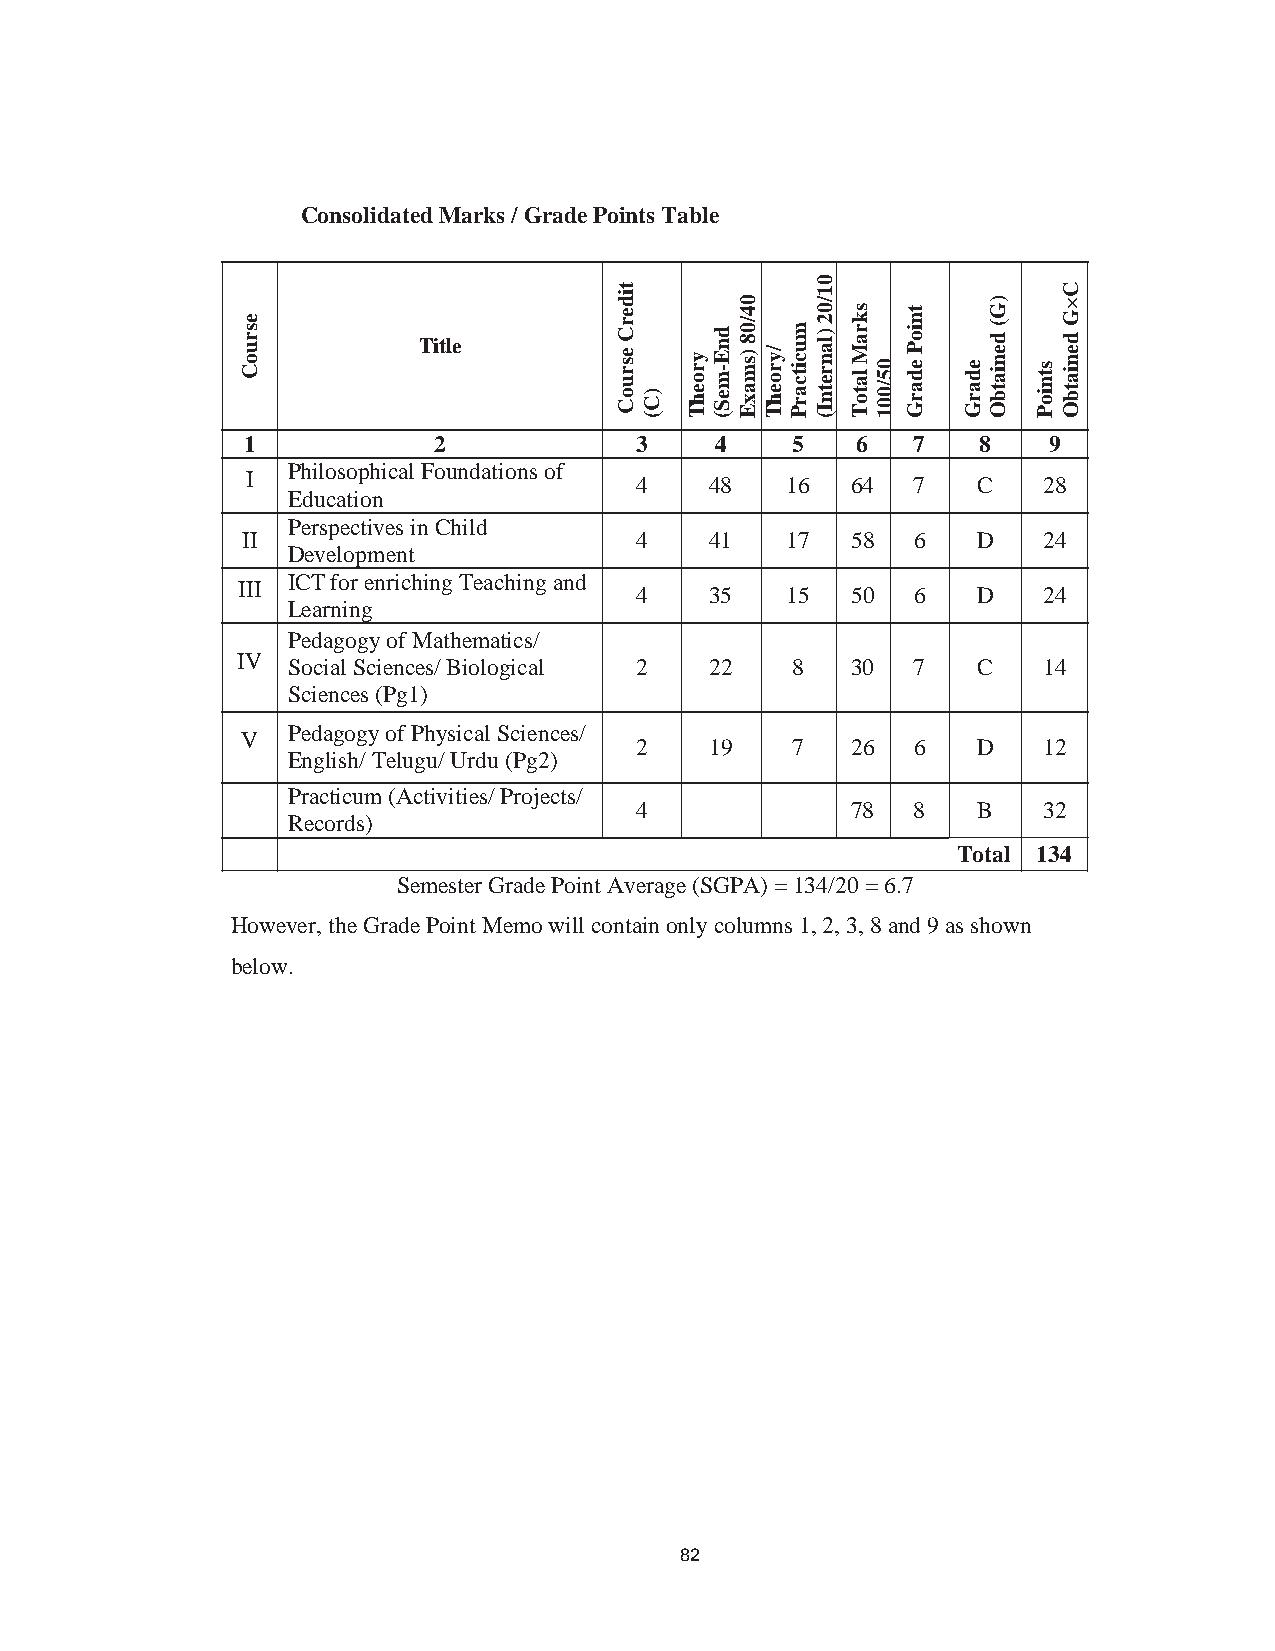
93
 Consolidated Marks / Grade Points Table
 Title
 1            2            3    4    5    6   7   8   9
 Philosophical Foundations of
 I
 4    48   16  64   7   C   28
 Education
 Perspectives in Child
 II                        4    41   17  58   6   D   24
 Development
 ICT for enriching Teaching and
 III
 4    35   15  50   6   D   24
 Learning
 Pedagogy of Mathematics/
 IV
 Social Sciences/ Biological 2 22 8   30   7   C   14
 Sciences (Pg1)
 Pedagogy of Physical Sciences/
 V
 2    19   7   26   6   D   12
 English/ Telugu/ Urdu (Pg2)
 Practicum (Activities/ Projects/
 4             78   8   B   32
 Records)
 Total 134
 Semester Grade Point Average (SGPA) = 134/20 = 6.7
 However, the Grade Point Memo will contain only columns 1, 2, 3, 8 and 9 as shown
 below.
 82
 esruoC
 tiderC
 esruoC
 )C(
 yroehT
 dnE-meS(
 04/08
 )smaxE /yroehT
 mucitcarP
 01/02
 )lanretnI(
 skraM
 latoT
 05/001
 tnioP
 edarG edarG
 )G(
 deniatbO
 stnioP
 C×G
 deniatbO